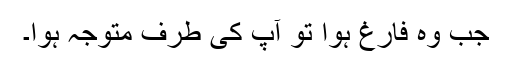
جب وہ فارغ ہوا تو آپ کی طرف متوجہ ہوا۔